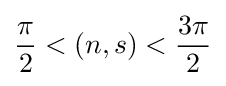
{\frac {\pi }{2}}<(n,s)<{\frac {3\pi }{2}}